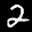
Label: 2